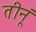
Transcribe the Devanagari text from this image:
तीनूं